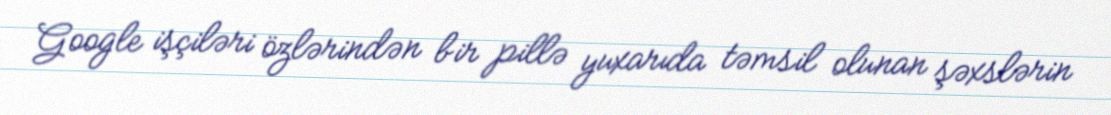
Google işçiləri özlərindən bir pillə yuxarıda təmsil olunan şəxslərin